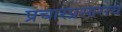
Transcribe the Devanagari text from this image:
प्रचारप्रसाराचे